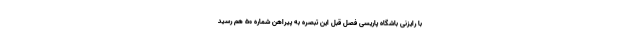
با رایزنی باشگاه پاریسی فصل قبل این تبصره به پیراهن شماره ۵۰ هم رسید